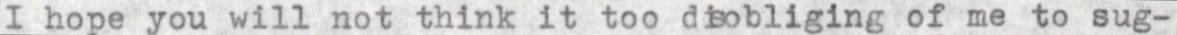
I hope you will not think it too disobliging of me to sug-